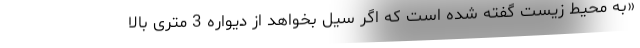
«به محیط زیست گفته شده است که اگر سیل بخواهد از دیواره 3 متری بالا